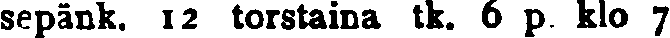
sepänk. 12 torstaina tk. 6 p. klo 7